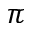
\pi